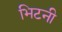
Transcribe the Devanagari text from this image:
भिटनी